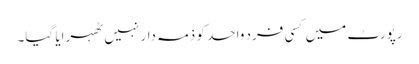
رپورٹ میں کسی فرد واحد کو ذمہ دار نہیں ٹھہرایا گیا۔